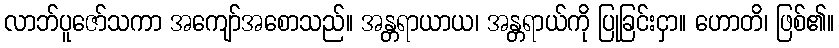
လာဘ်ပူဇော်သကာ အကျော်အစောသည်။ အန္တရာယာယ၊ အန္တရာယ်ကို ပြုခြင်းငှာ။ ဟောတိ၊ ဖြစ်၏။